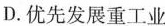
D.优先发展重工业